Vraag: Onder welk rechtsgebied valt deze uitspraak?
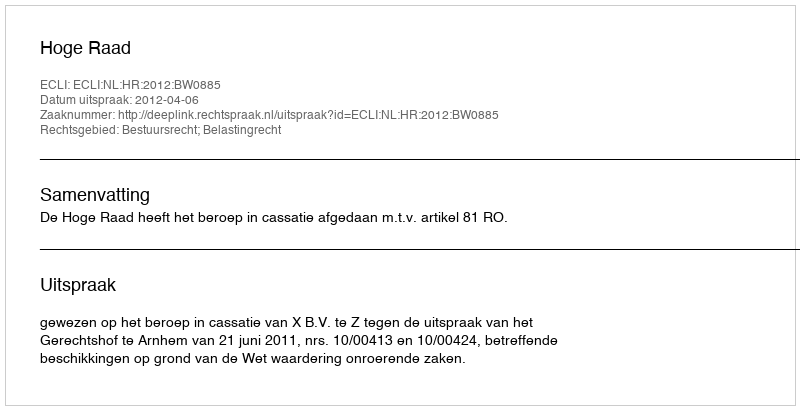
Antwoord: Bestuursrecht; Belastingrecht